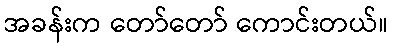
အခန်းက တော်တော် ကောင်းတယ်။